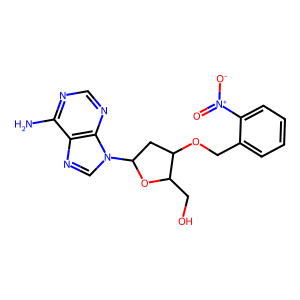
SMILES: Nc1ncnc2c1ncn2C1CC(OCc2ccccc2[N+](=O)[O-])C(CO)O1
Inhibits HIV replication: No